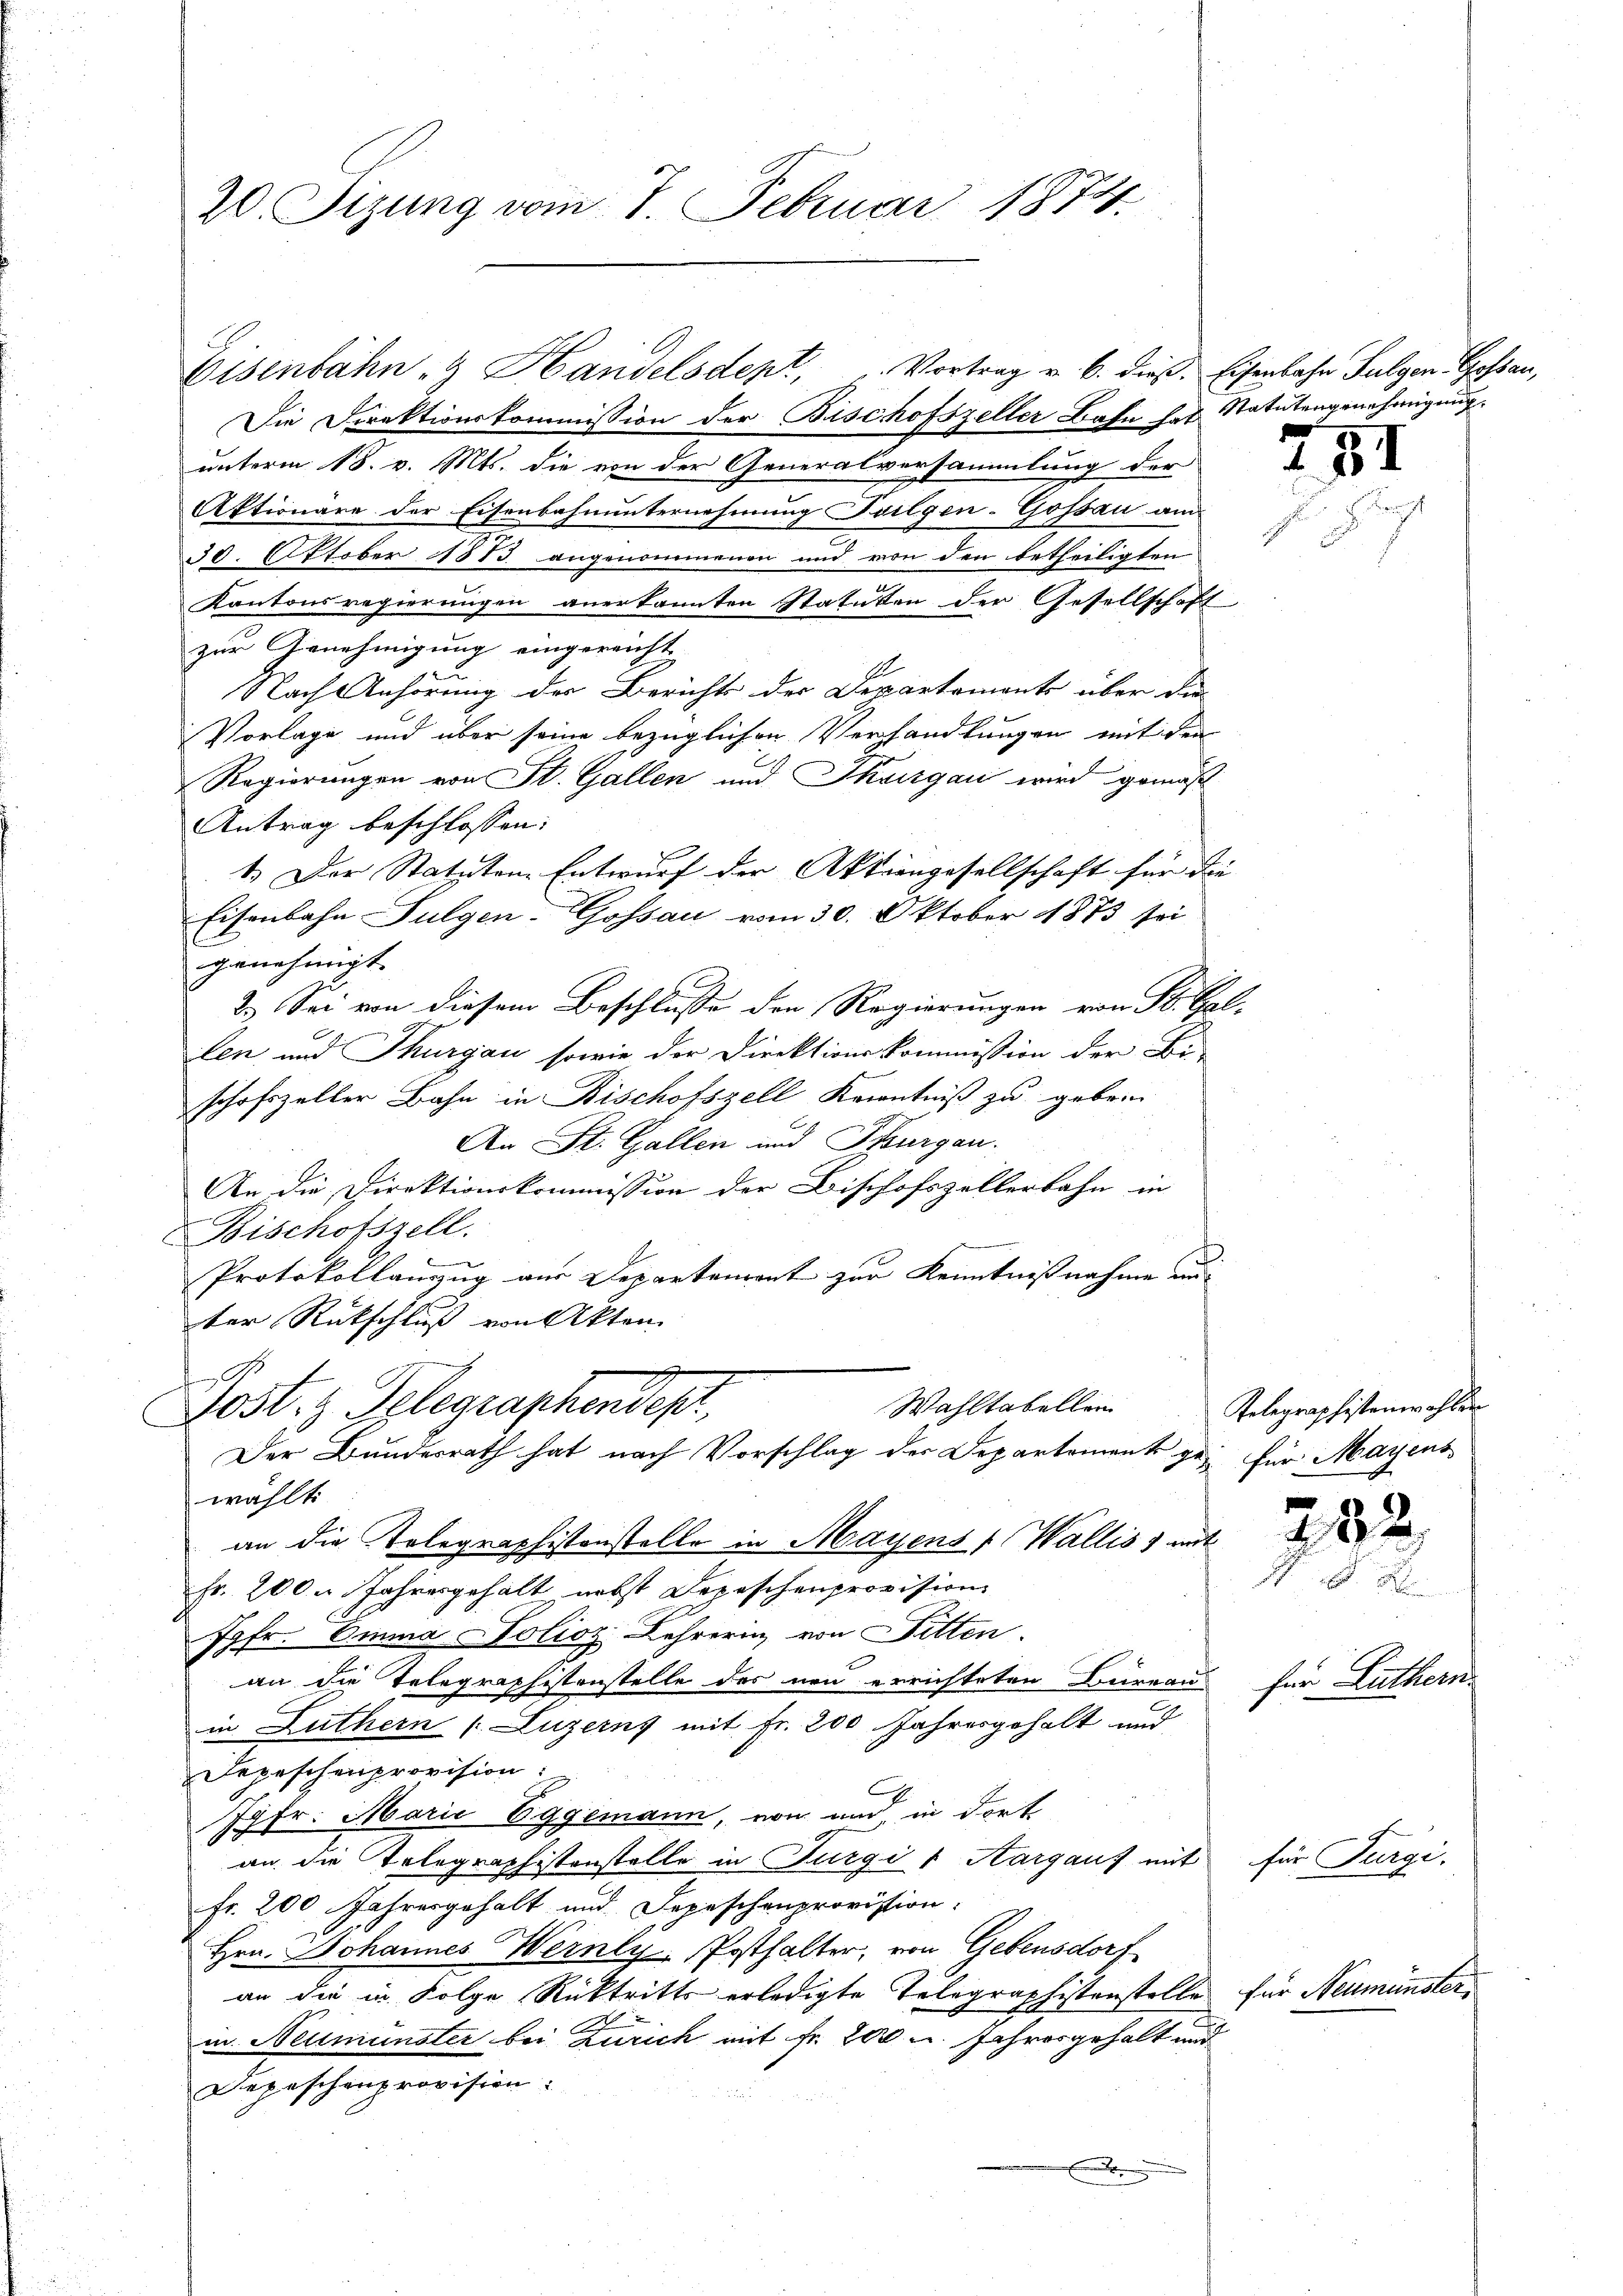
Eisenbahn- & Handelsdept, Vortrag u. 6. dieß, Eisenbahn Fulgen Gossau,
Die Direktionskommission der Bischofszeller Bahn hat Statutengenehmigung.
unterm 18. v. Mts. die von der Generalversammlung der
Aktionäre der Eisenbahnunternehmung Folgen-Gossau am
30. Oktober 1873 angenommenen und von den betheiligten
Kantonsregierungen anerkannten Statuten der Gesellschaft
zur Genehmigung eingereicht
1
Nach Anhörung der Berichts der Departements über die
Vorlage und über seine bezüglichen Verhandlungen mit den
Regierungen von St. Gallen und Thurgau wird gemäß
Antrag beschlossen:
1.) Der Statuten Entwurf der Aktiengesellschaft für die |
Eisenbahn Fulgen-Gossau vom 30. Oktober 1873 sei
genehmigt.
2.) Sei von diesem Beschlusse den Regierungen von St. Gal-
len und Thurgau sowie der Direktionskommission der Be-
schofszeller Bahn in Bischofszell Kenntniß zu geben
An St. Gallen und Thurgau.
An die Direktionskommission der Bischofszellerbahn in
Bischofszell.
Protokollanzug aus Departenant zur Kenntnißnahme un-
ter Rückschluß von Akten
Wahltabellen
Post- & Gelegraphendepr
Der Bundesrath hat nach Vorschlag der Departement gefür Mayens
wählt.
an die Telegraphistenstelle in Mayens Wallis, mit
Fr. 200. Jahresgehalt nebst Depeschenprovision
Jgfr. Emma Folioz. Lehrerin von Fitten.
an die Telegraphistenstelle des neu errichteten Bureaus für Luthern.
in Luthern (Luzerny mit Fr. 200 Jahresgehalt und
Depeschenprovision:
Jgfr. Marie Eggemann, von und, in dort
an die Telegraphistenstelle in Furgi (Aargauf mit
fr. 200 Jahresgehalt und Depeschenprovistion.
Hrn. Johannes Wernly-Posthalter, von Gebensdorf
an die in Folge Rücktritts erledigte Telegraphistenstelle für Neu
x
in Neumünster bei Zürich mit Fr. 200 u. Jahresgehalt und
Depeschenprovision:
x

20 Sizung vom 7. Februar 1874.

Telegraphistenwohlen

281

232

für Furgi,

münten